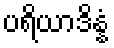
ပရိယာဒိန္နံ